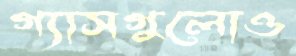
গ্যাসগুলোও